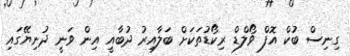
ގިނިސް ބުކް އޮފް ވޯލްޑް ރިކޯޑުތަކަށް ބަލާއިރު ދުބާއީ އިން ވަނީ ދުނިޔޭގައި